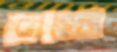
ভাজ